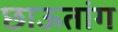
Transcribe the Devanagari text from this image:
छाऊतांग